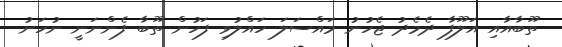
ތޫބާއާއި އަލޫފާ ދެމެދު ޖެހުނު މައްސަލަ ހައްލުވި ފަހުން ތޫބާ ފެންނަނީ ނުހަނު